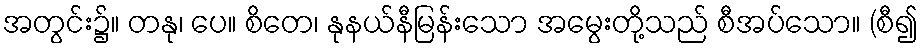
အတွင်း၌။ တနု၊ ပေ။ စိတေ၊ နုနယ်နီမြန်းသော အမွေးတို့သည် စီအပ်သော။ (စီ၍